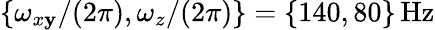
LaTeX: \{ \omega_{x\mathbf{y}}/(2\pi),\omega_{z}/(2\pi)\} =\{ 140,80\} \, \mathrm{{Hz}}